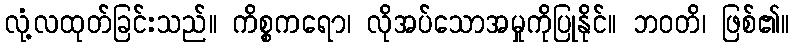
လုံ့လထုတ်ခြင်းသည်။ ကိစ္စကရော၊ လိုအပ်သောအမှုကိုပြုနိုင်။ ဘဝတိ၊ ဖြစ်၏။